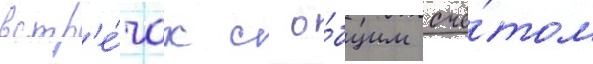
встр'е́чах с о́бщим счё́том